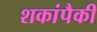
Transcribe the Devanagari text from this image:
शकांपैकी